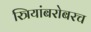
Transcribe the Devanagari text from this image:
स्त्रियांबरोबरच